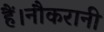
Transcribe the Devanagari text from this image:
हैं।नौकरानी